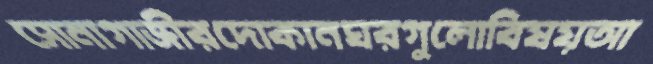
সোনাগাজীরদোকানঘরগুলোবিষয়আ